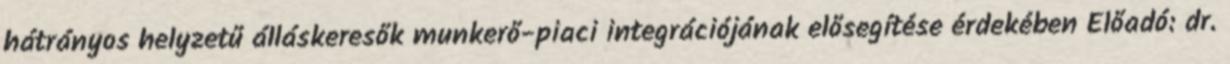
hátrányos helyzetű álláskeresők munkerő-piaci integrációjának elősegítése érdekében Előadó: dr.